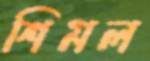
শিমল